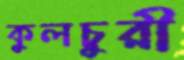
কুলচুরী